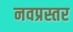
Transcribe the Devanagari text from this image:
नवप्रस्तर